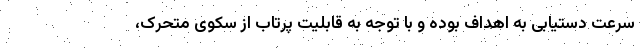
سرعت دستیابی به اهداف بوده و با توجه به قابلیت پرتاب از سکوی متحرک،